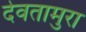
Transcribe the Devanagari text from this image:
देवतामुरा